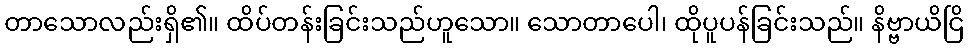
တာသောလည်းရှိ၏။ ထိပ်တန်းခြင်းသည်ဟူသော။ သောတာပေါ၊ ထိုပူပန်ခြင်းသည်။ နိဗ္ဗာယိငြိ